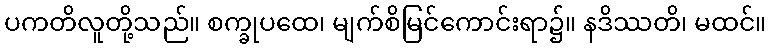
ပကတိလူတို့သည်။ စက္ခုပထေ၊ မျက်စိမြင်ကောင်းရာ၌။ နဒိဿတိ၊ မထင်။